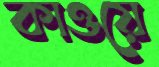
কাওয়ে